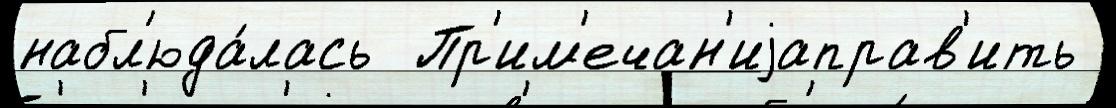
набл'юда́лась  Пр'им'ечан'иjаправ'ить